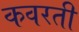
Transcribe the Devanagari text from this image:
कवरती